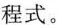
程式。